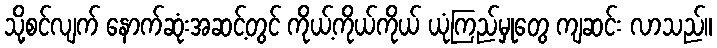
သို့စင်လျက် နောက်ဆုံးအဆင့်တွင် ကိုယ့်ကိုယ်ကိုယ် ယုံကြည်မှုတွေ ကျဆင်း လာသည်။